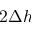
2 \Delta { h }